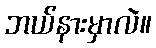
ဘယ်နားမှာလဲ။